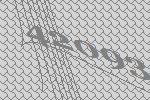
42093